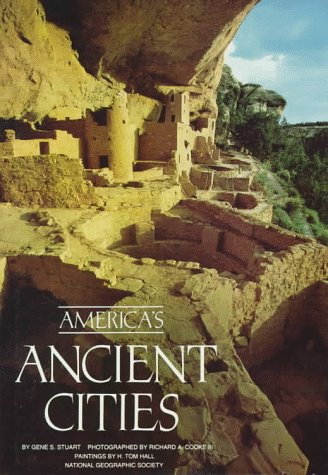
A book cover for America's Ancient Cities; Gene S. Stuart; Travel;